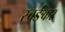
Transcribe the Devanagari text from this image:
स्वर्ङकर